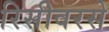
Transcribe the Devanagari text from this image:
रिसीवरसे